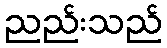
ညည်းသည်